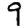
Digit: 9